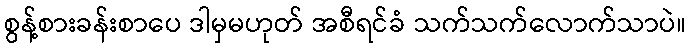
စွန့်စားခန်းစာပေ ဒါမှမဟုတ် အစီရင်ခံ သက်သက်လောက်သာပဲ။